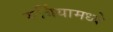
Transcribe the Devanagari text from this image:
सर्बियामध्ये